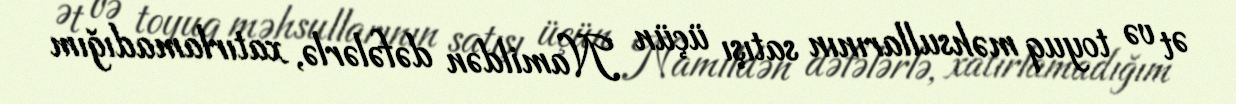
Ət və toyuq məhsullarının satışı üçün Namildən dəfələrlə, xatırlamadığım